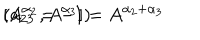
\left[ A ^ { \alpha _ { 2 } } , A ^ { \alpha _ { 3 } } \right] = A ^ { \alpha _ { 2 } + \alpha _ { 3 } } \hspace { 1 c m } ( a _ { 2 3 } = - 1 )